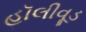
હૉલીવૂડ